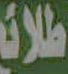
طلائع